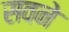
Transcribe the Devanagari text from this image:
सवने